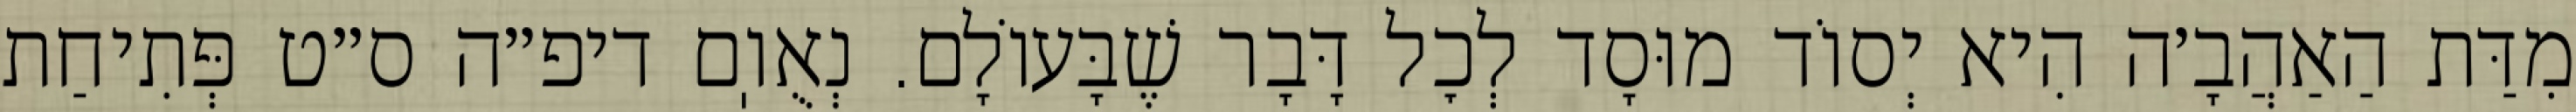
מִדַּת הַאַהֲבָ׳ה הִיא יְסוֹד מוּסָד לְכׇל דָּבָר שֶׁבָּעוֹלָם. נְאֻוֽם דיפ״ה ס״ט פְּתִיחַת